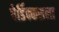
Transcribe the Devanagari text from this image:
पेर्डिक्कसला